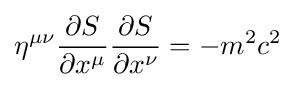
\eta ^{\mu \nu }{\frac {\partial S}{\partial x^{\mu }}}{\frac {\partial S}{\partial x^{\nu }}}=-m^{2}c^{2}